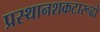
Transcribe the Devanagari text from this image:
प्रस्थानशकटारूढो